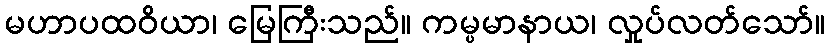
မဟာပထဝိယာ၊ မြေကြီးသည်။ ကမ္ပမာနာယ၊ လှုပ်လတ်သော်။